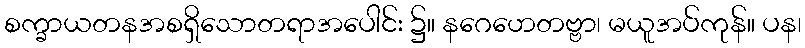
စက္ခာယတနအစရှိသောတရာအပေါင်း ၌။ နဂေဟေတဗ္ဗာ၊ မယူအပ်ကုန်။ ပန၊